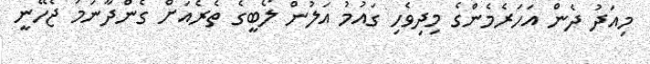
މިއަދު ދެން އަހަރެމެންގެ މިދިވެހި ގައުމު އަލުން ލޯބީގެ ތެރެއަށް ގެންދާނަމަ ޖެހޭނީ